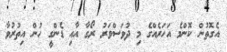
އެގޮތުން ކޮންމެ އަހަރެއްގެ މި ދުވަސްވަރު ރޯގާ އާއި ޑެންގީ ހުން އިތުރުވާ